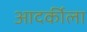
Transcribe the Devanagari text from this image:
आदर्कीला